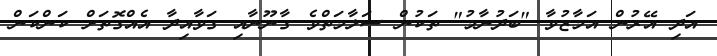
އަދި އޭރުން އަމާޒުވާ "ބަދުނާމު" ތަކުން ސަލާމަތްވެ ގާނޫނާއި ގަވާއިދާ އެއްގޮތަށް ކަންކަން